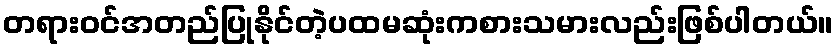
တရားဝင်အတည်ပြုနိုင်တဲ့ပထမဆုံးကစားသမားလည်းဖြစ်ပါတယ်။